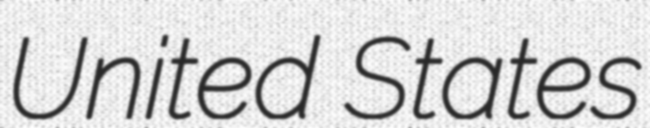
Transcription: United States